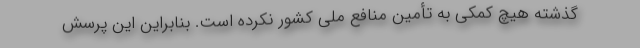
گذشته هیچ کمکی به تأمین منافع ملی کشور نکرده است. بنابراین این پرسش